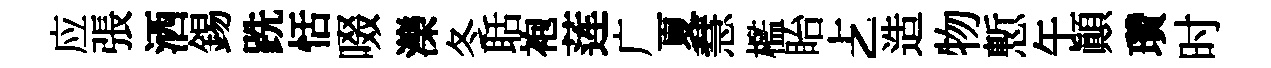
应張洒錫跣恬啜濼冬聒袍莲广夏慧檻眙𠧒造物慙午顛瓚时